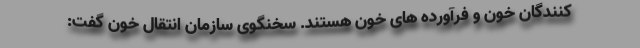
کنندگان خون و فرآورده های خون هستند. سخنگوی سازمان انتقال خون گفت: